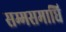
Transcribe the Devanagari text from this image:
सम्मसमाधि